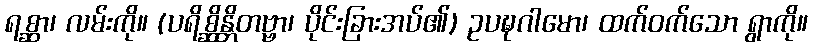
ရစ္ဆာ၊ လမ်းကို။ (ပရိစ္ဆိန္တိတဗ္ဗာ၊ ပိုင်းခြားအပ်၏) ဥပဍ္ဎဂါမော၊ ထက်ဝက်သော ရွာကို။